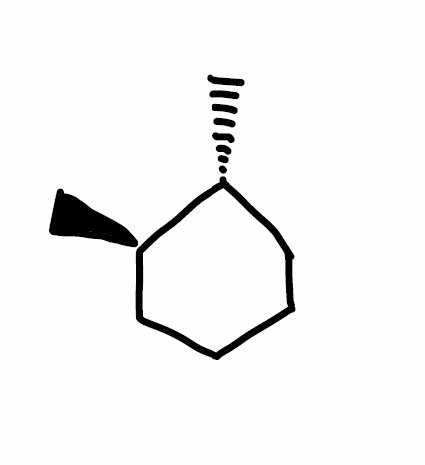
Simplified molecular-input line-entry system (SMILES) notation of the given molecule:
C[C@@H]1CCCC[C@H]1C